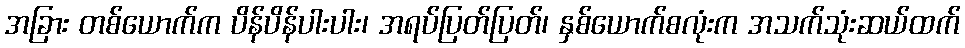
အခြား တစ်ယောက်က ပိန်ပိန်ပါးပါး၊ အရပ်ပြတ်ပြတ်၊ နှစ်ယောက်စလုံးက အသက်သုံးဆယ်ထက်